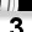
Digit: 3